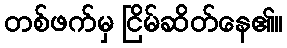
တစ်ဖက်မှ ငြိမ်ဆိတ်နေ၏။